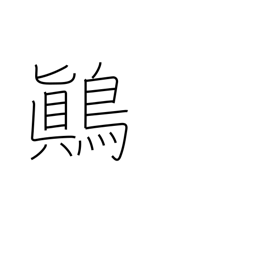
Meaning: yellow-white mottled songbird